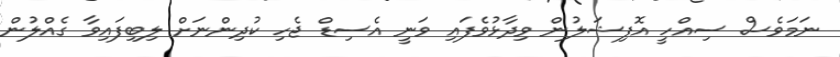
ނަމަވެސް ސިއްހީ އޮފިޝަލުން ވިދާޅުވެފައި ވަނީ އެސިޑް ޖެހި ކުދިންނަށް ލިބިފައިވާ ގެއްލުން